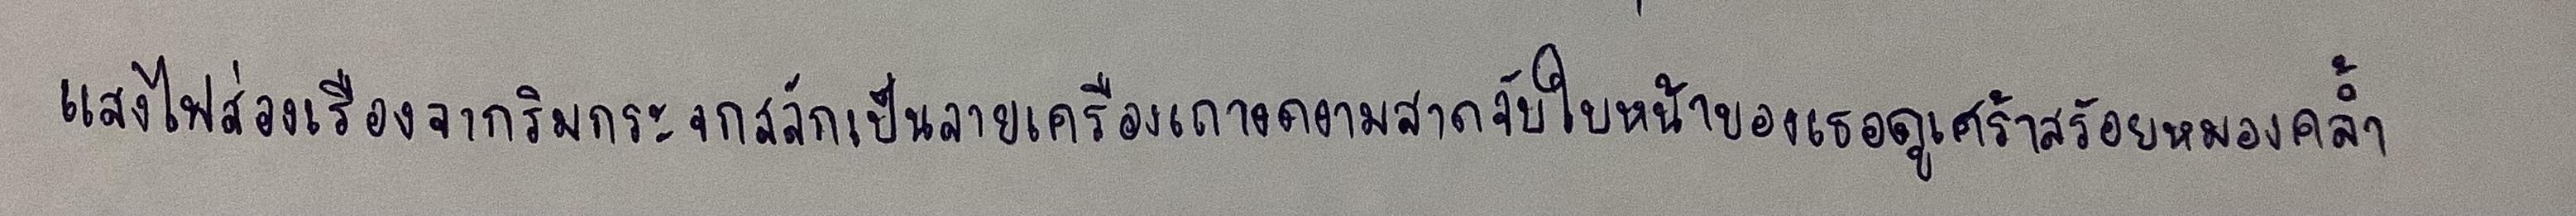
แสงไฟส่องเรืองจากริมกระจกสลักเป็นลายเครือเถางดงามสาดจับใบหน้าของเธอดูเศร้าสร้อยหมองคล้ำ